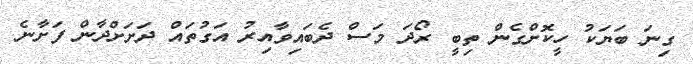
ގިނަ ބަޔަކު ހީކޮށްގެން ތިބީ ރޯދަ މަސް ދެބަައިވާއިރު އަގުތައް ދަށަށްދާން ފަށާނެ